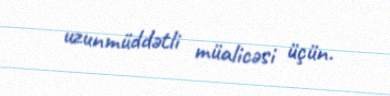
uzunmüddətli müalicəsi üçün.